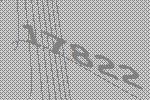
17822